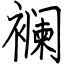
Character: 襕